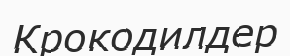
Крокодилдер